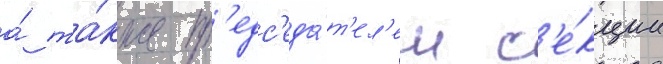
а́ та́кже пр'едс'еда́т'ел'ем с'е́кции